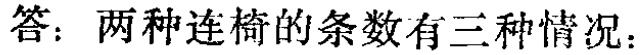
答：两种连椅的条数有三种情况：